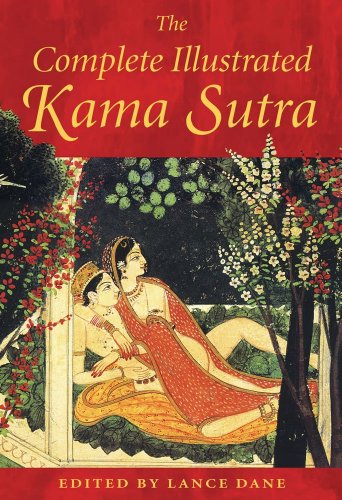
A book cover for The Complete Illustrated Kama Sutra; Self-Help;